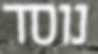
נוסד